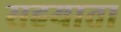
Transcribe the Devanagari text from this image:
सहयाता